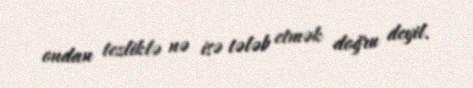
ondan tezliklə nə isə tələb etmək doğru deyil.